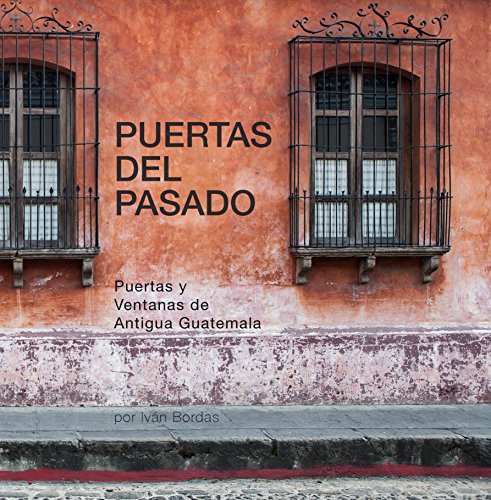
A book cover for Puertas de Antigua Guatemala; IvÃ¡n Bordas; Travel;